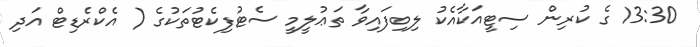
13:30 ގެ ކުރިން ސިޓީއަކާއެކު ލިބިފައިވާ ތަޢުލީމީ ސެޓުފިކެޓުތަކުގެ ( އެކްރެޑިޓް އަދި